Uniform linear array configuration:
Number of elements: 16
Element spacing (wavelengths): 0.25
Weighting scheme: hann
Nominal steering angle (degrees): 45
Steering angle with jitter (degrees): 43.885
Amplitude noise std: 0.05
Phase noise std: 0.05

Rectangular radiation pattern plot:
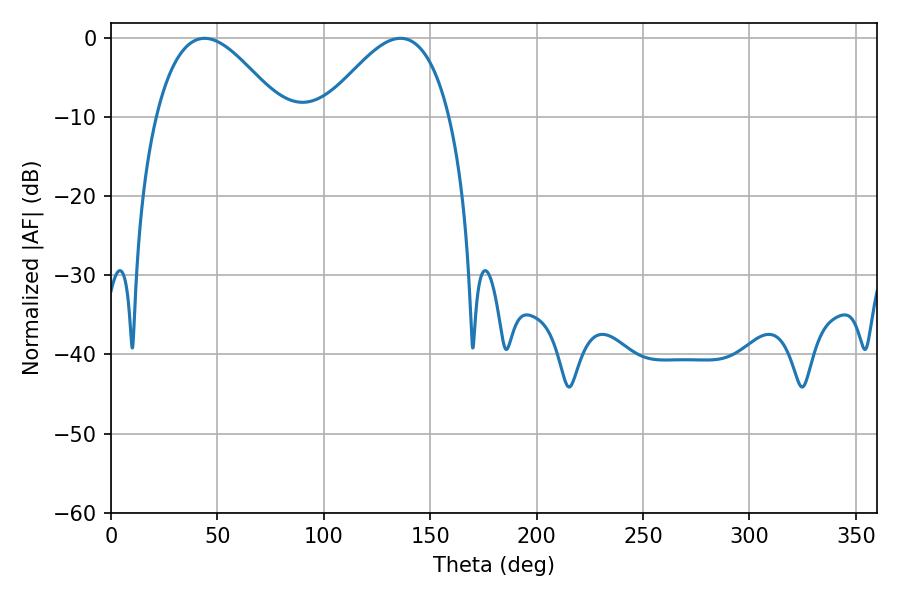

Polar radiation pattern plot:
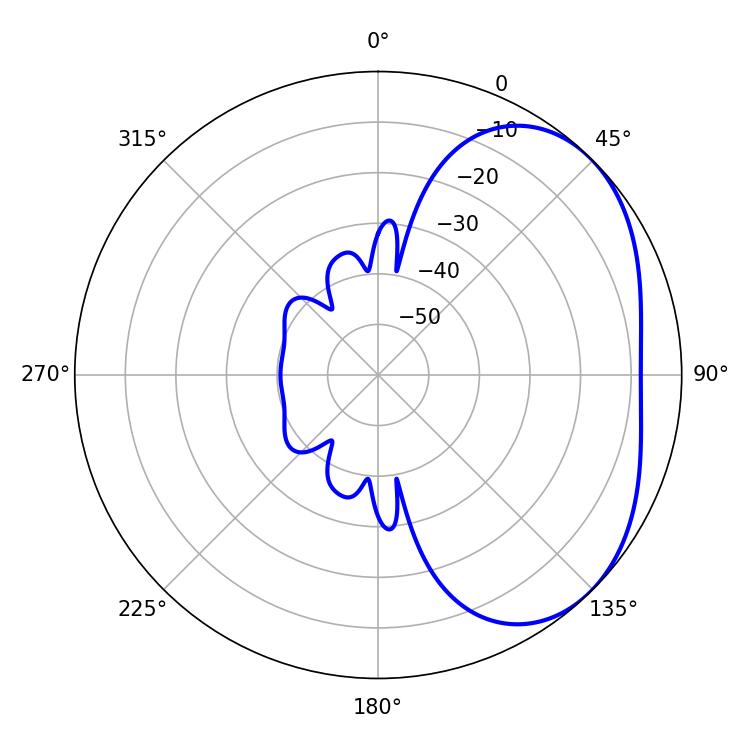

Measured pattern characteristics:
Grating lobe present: FALSE
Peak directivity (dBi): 3.375
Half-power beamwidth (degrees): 32.04
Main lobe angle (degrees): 43.92